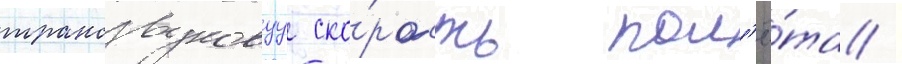
трансзвуковуу ско́рость пол'ё́та /